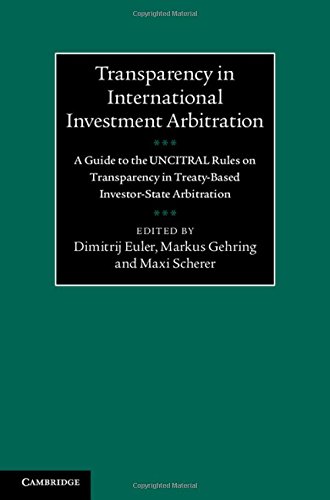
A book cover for Transparency in International Investment Arbitration: A Guide to the UNCITRAL Rules on Transparency in Treaty-Based Investor-State Arbitration; Law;